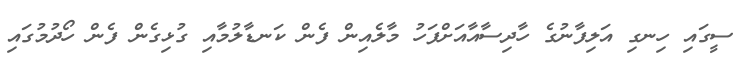
ސީގައި ހިނގި އަލިފާނުގެ ހާދިސާއާއަށްފަހު މާލެއިން ފެން ކަނޑާލުމާއި ގުޅިގެން ފެން ހޯދުމުގައި